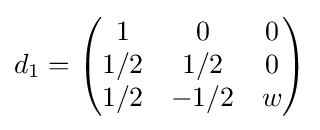
d_{1}={\begin{pmatrix}1&0&0\\1/2&1/2&0\\1/2&-1/2&w\end{pmatrix}}